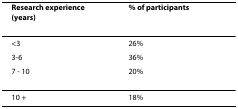
<table><thead><tr><td><b><i>Research experience (years)</i></b></td><td><b><i>% of participants</i></b></td></tr></thead><tbody><tr><td>&lt;3</td><td>26%</td></tr><tr><td>3-6</td><td>36%</td></tr><tr><td>7 - 10</td><td>20%</td></tr><tr><td>10 +</td><td>18%</td></tr></tbody></table>